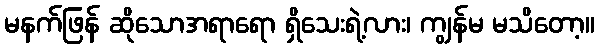
မနက်ဖြန် ဆိုသောအရာရော ရှိသေးရဲ့လား၊ ကျွန်မ မသိတော့။